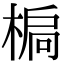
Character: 𣕄